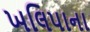
ખલિપાના